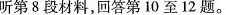
听第8段材料,回答第 10 至 12 题.